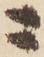
ニ